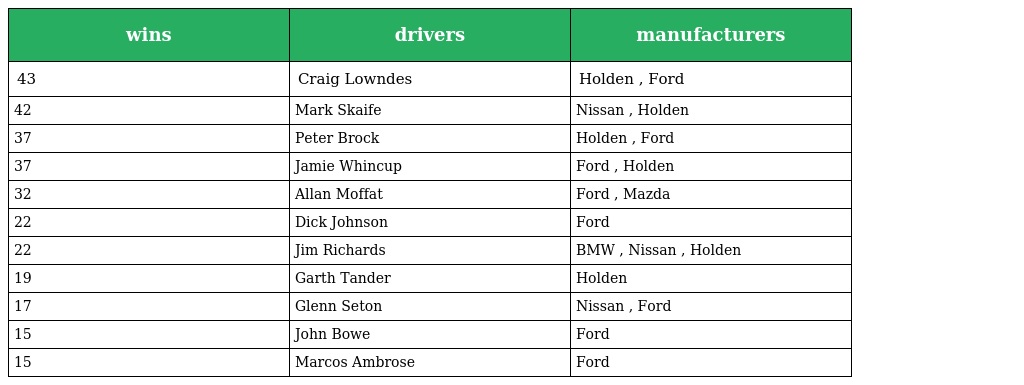
| wins | drivers | manufacturers |
 | --- | --- | --- |
 | 43 | Craig Lowndes | Holden , Ford |
 | 42 | Mark Skaife | Nissan , Holden |
 | 37 | Peter Brock | Holden , Ford |
 | 37 | Jamie Whincup | Ford , Holden |
 | 32 | Allan Moffat | Ford , Mazda |
 | 22 | Dick Johnson | Ford |
 | 22 | Jim Richards | BMW , Nissan , Holden |
 | 19 | Garth Tander | Holden |
 | 17 | Glenn Seton | Nissan , Ford |
 | 15 | John Bowe | Ford |
 | 15 | Marcos Ambrose | Ford |